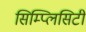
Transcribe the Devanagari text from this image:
सिम्प्लिसिटी